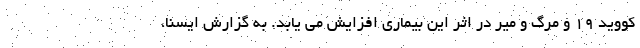
کووید ۱۹ و مرگ و میر در اثر این بیماری افزایش می یابد. به گزارش ایسنا،